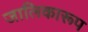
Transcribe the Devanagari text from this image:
जालिकारूप